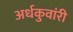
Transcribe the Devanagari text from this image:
अर्धकुवांरी